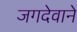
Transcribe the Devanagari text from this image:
जगदेवाने